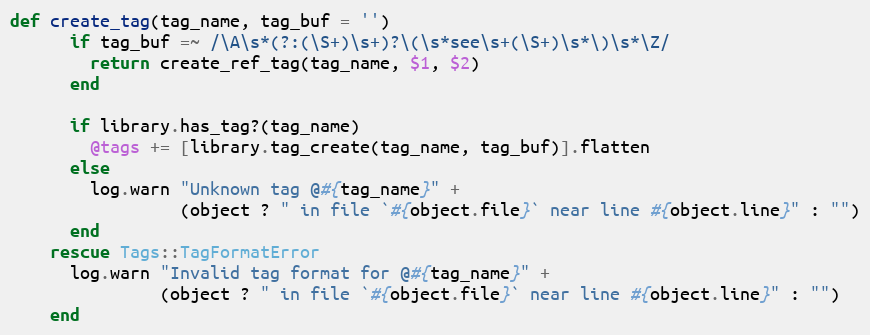
Language: Ruby
def create_tag(tag_name, tag_buf = '')
      if tag_buf =~ /\A\s*(?:(\S+)\s+)?\(\s*see\s+(\S+)\s*\)\s*\Z/
        return create_ref_tag(tag_name, $1, $2)
      end

      if library.has_tag?(tag_name)
        @tags += [library.tag_create(tag_name, tag_buf)].flatten
      else
        log.warn "Unknown tag @#{tag_name}" +
                 (object ? " in file `#{object.file}` near line #{object.line}" : "")
      end
    rescue Tags::TagFormatError
      log.warn "Invalid tag format for @#{tag_name}" +
               (object ? " in file `#{object.file}` near line #{object.line}" : "")
    end